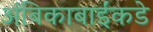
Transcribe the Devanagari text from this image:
अंबिकाबाईंकडे